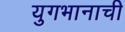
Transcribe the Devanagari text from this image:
युगभानाची